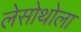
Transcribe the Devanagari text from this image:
लेसोथोला